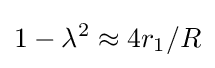
1-\lambda ^{2}\approx 4r_{1}/R